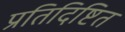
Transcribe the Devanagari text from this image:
प्रतिदिष्टित